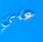
علي